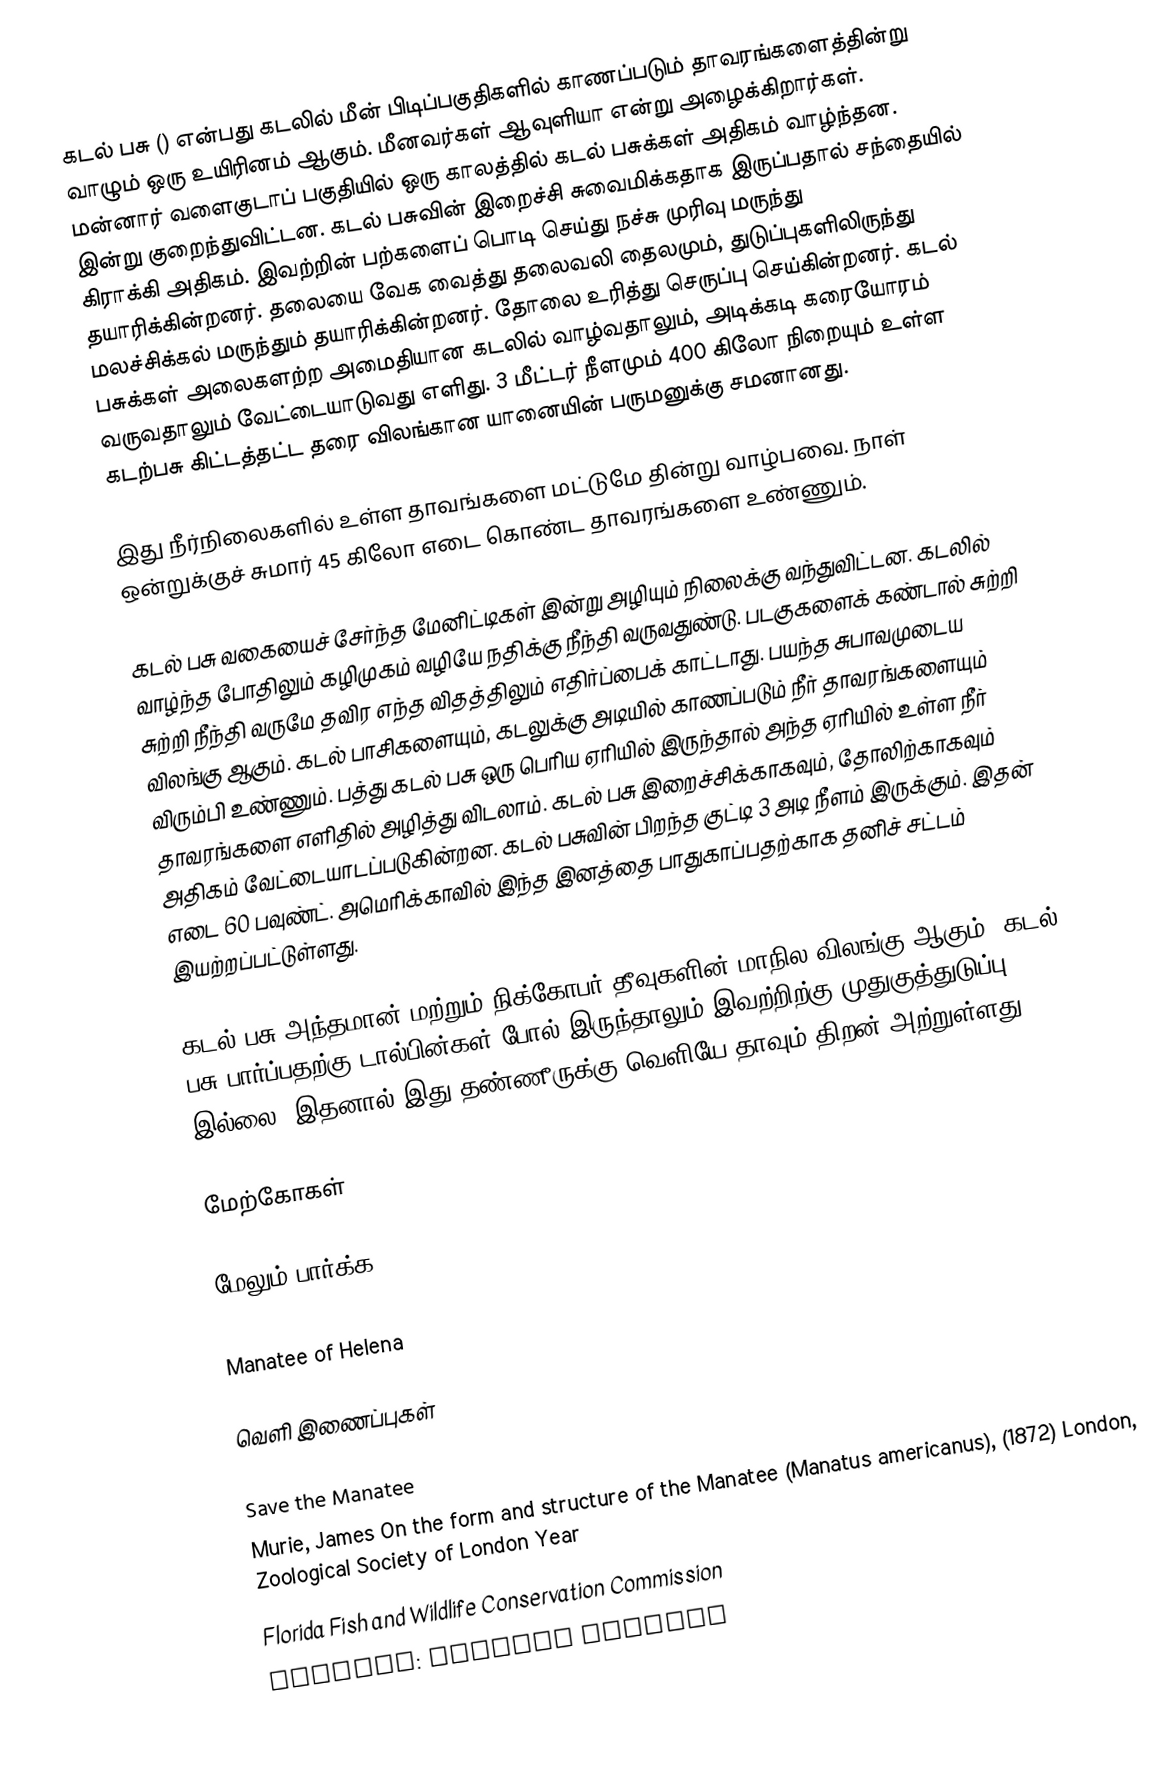
கடல் பசு  () என்பது கடலில் மீன் பிடிப்பகுதிகளில் காணப்படும் தாவரங்களைத்தின்று வாழும் ஒரு உயிரினம் ஆகும். மீனவர்கள் ஆவுளியா என்று அழைக்கிறார்கள். மன்னார் வளைகுடாப் பகுதியில் ஒரு காலத்தில் கடல் பசுக்கள் அதிகம் வாழ்ந்தன. இன்று குறைந்துவிட்டன. கடல் பசுவின் இறைச்சி சுவைமிக்கதாக இருப்பதால் சந்தையில் கிராக்கி அதிகம். இவற்றின் பற்களைப் பொடி செய்து நச்சு முரிவு மருந்து தயாரிக்கின்றனர். தலையை வேக வைத்து தலைவலி தைலமும், துடுப்புகளிலிருந்து மலச்சிக்கல் மருந்தும் தயாரிக்கின்றனர். தோலை உரித்து செருப்பு செய்கின்றனர். கடல் பசுக்கள் அலைகளற்ற அமைதியான கடலில் வாழ்வதாலும், அடிக்கடி கரையோரம் வருவதாலும் வேட்டையாடுவது எளிது. 3 மீட்டர் நீளமும் 400 கிலோ நிறையும் உள்ள கடற்பசு கிட்டத்தட்ட தரை விலங்கான யானையின் பருமனுக்கு சமனானது.

இது நீர்நிலைகளில் உள்ள தாவங்களை மட்டுமே தின்று வாழ்பவை. நாள் ஒன்றுக்குச் சுமார் 45 கிலோ எடை கொண்ட தாவரங்களை உண்ணும்.

கடல் பசு வகையைச் சேர்ந்த மேனிட்டிகள் இன்று அழியும் நிலைக்கு வந்துவிட்டன. கடலில் வாழ்ந்த போதிலும் கழிமுகம் வழியே நதிக்கு நீந்தி வருவதுண்டு. படகுகளைக் கண்டால் சுற்றி சுற்றி நீந்தி வருமே தவிர எந்த விதத்திலும் எதிர்ப்பைக் காட்டாது. பயந்த சுபாவமுடைய விலங்கு ஆகும். கடல் பாசிகளையும், கடலுக்கு அடியில் காணப்படும் நீர் தாவரங்களையும் விரும்பி உண்ணும். பத்து கடல் பசு ஒரு பெரிய ஏரியில் இருந்தால் அந்த ஏரியில் உள்ள நீர் தாவரங்களை எளிதில் அழித்து விடலாம். கடல் பசு  இறைச்சிக்காகவும், தோலிற்காகவும் அதிகம் வேட்டையாடப்படுகின்றன. கடல் பசுவின் பிறந்த குட்டி 3 அடி நீளம் இருக்கும். இதன் எடை 60 பவுண்ட். அமெரிக்காவில் இந்த இனத்தை பாதுகாப்பதற்காக தனிச் சட்டம் இயற்றப்பட்டுள்ளது.

கடல் பசு அந்தமான் மற்றும் நிக்கோபர் தீவுகளின் மாநில விலங்கு ஆகும்.  கடல் பசு பார்ப்பதற்கு டால்பின்கள் போல் இருந்தாலும் இவற்றிற்கு முதுகுத்துடுப்பு இல்லை, இதனால் இது தண்ணீருக்கு வெளியே தாவும் திறன் அற்றுள்ளது.

மேற்கோகள்

மேலும் பார்க்க
Dwarf manatee
Manatee of Helena

வெளி இணைப்புகள்

Save the Manatee
Murie, James On the form and structure of the Manatee (Manatus americanus), (1872) London, Zoological Society of London Year
Florida Fish and Wildlife Conservation Commission
Reuters: Florida manatee